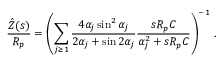
\frac { \hat { Z } ( s ) } { R _ { p } } = \left( \sum _ { j \ge 1 } \frac { 4 \alpha _ { j } \sin ^ { 2 } \alpha _ { j } } { 2 \alpha _ { j } + \sin 2 \alpha _ { j } } \frac { s R _ { p } C } { \alpha _ { j } ^ { 2 } + s R _ { p } C } \right) ^ { - 1 } \, .